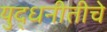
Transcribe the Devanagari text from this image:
युद्धनीतीचे